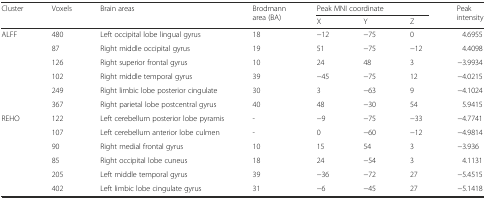
<table><thead><tr><td rowspan="2"><b>Cluster</b></td><td rowspan="2"><b>Voxels</b></td><td rowspan="2"><b>Brain areas</b></td><td rowspan="2"><b>Brodmann area (BA)</b></td><td colspan="3"><b>Peak MNI coordinate</b></td><td rowspan="2"><b>Peak intensity</b></td></tr><tr><td><b>X</b></td><td><b>Y</b></td><td><b>Z</b></td></tr></thead><tbody><tr><td rowspan="6">ALFF</td><td>480</td><td>Left occipital lobe lingual gyrus</td><td>18</td><td>−12</td><td>−75</td><td>0</td><td>4.6955</td></tr><tr><td>87</td><td>Right middle occipital gyrus</td><td>19</td><td>51</td><td>−75</td><td>−12</td><td>4.4098</td></tr><tr><td>126</td><td>Right superior frontal gyrus</td><td>10</td><td>24</td><td>48</td><td>3</td><td>−3.9934</td></tr><tr><td>102</td><td>Right middle temporal gyrus</td><td>39</td><td>−45</td><td>−75</td><td>12</td><td>−4.0215</td></tr><tr><td>249</td><td>Right limbic lobe posterior cingulate</td><td>30</td><td>3</td><td>−63</td><td>9</td><td>−4.1024</td></tr><tr><td>367</td><td>Right parietal lobe postcentral gyrus</td><td>40</td><td>48</td><td>−30</td><td>54</td><td>5.9415</td></tr><tr><td rowspan="6">REHO</td><td>122</td><td>Left cerebellum posterior lobe pyramis</td><td>-</td><td>−9</td><td>−75</td><td>−33</td><td>−4.7741</td></tr><tr><td>107</td><td>Left cerebellum anterior lobe culmen</td><td>-</td><td>0</td><td>−60</td><td>−12</td><td>−4.9814</td></tr><tr><td>90</td><td>Right medial frontal gyrus</td><td>10</td><td>15</td><td>54</td><td>3</td><td>−3.936</td></tr><tr><td>85</td><td>Right occipital lobe cuneus</td><td>18</td><td>24</td><td>−54</td><td>3</td><td>4.1131</td></tr><tr><td>205</td><td>Left middle temporal gyrus</td><td>39</td><td>−36</td><td>−72</td><td>27</td><td>−5.4515</td></tr><tr><td>402</td><td>Left limbic lobe cingulate gyrus</td><td>31</td><td>−6</td><td>−45</td><td>27</td><td>−5.1418</td></tr></tbody></table>